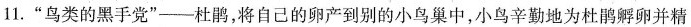
11.”鸟类的黑手党”——杜鹃，将自己的卵产到别的小鸟巢中，小鸟辛勤地为杜鹃孵卵并精